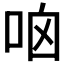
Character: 𠱖